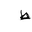
Letter: _da